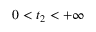
0 < t _ { 2 } < + \infty